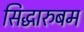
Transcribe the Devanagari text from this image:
सिद्धारुबम